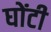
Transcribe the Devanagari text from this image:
घोंटी